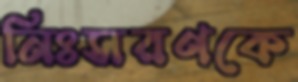
নিঃসরণকে